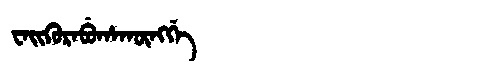
Manchu: ᠸᠠᡳᡴᡠᡵᠠᠪᡠᡥᠠᡴᡡᠩᡤᡝ
Romanization: WAIKURABUHAKŪNGGE